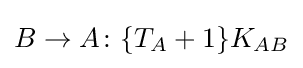
B\to A\colon \{T_{A}+1\}K_{AB}